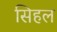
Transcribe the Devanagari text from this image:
सिहल